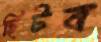
ছিটব